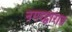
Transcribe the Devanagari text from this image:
नगरद्वारात